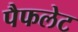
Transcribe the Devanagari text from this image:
पैफलेट